Report of the Indian Hemp Drugs Commission, 1894-1895 - Volume IV
Year: 1894
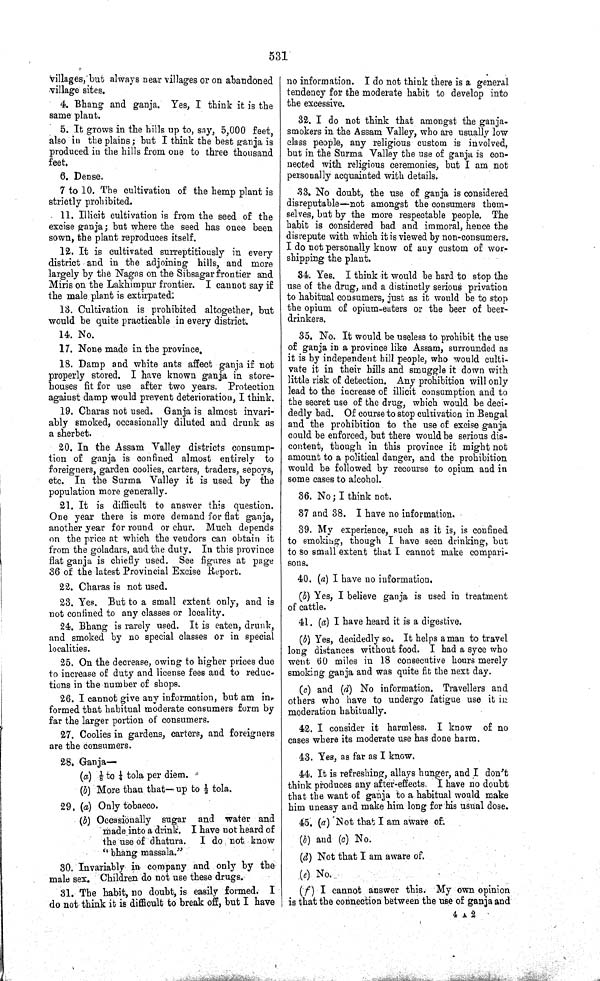
531
villages, but always near villages or on abandoned
village sites.
4. Bhang and ganja. Yes, I think it is the
same plant.
5. It grows in the hills up to, say, 5,000 feet,
also in the plains; but I think the best ganja is
produced in the hills from one to three thousand
feet.
6. Dense.
7 to 10. The cultivation of the hemp plant is
strictly prohibited.
11. Illicit cultivation is from the seed of the
excise ganja; but where the seed has once been
sown, the plant reproduces itself.
12. It is cultivated surreptitiously in every
district and in the adjoining hills, and more
largely by the Nagas on the Sibsagar frontier and
Miris on the Lakhimpur frontier. I cannot say if
the male plant is extirpated:
13. Cultivation is prohibited altogether, but
would be quite practicable in every district.
14. No.
17. None made in the province.
18. Damp and white ants affect ganja if not
properly stored. I have known ganja in store-
houses fit for use after two years. Protection
against damp would prevent deterioration, I think.
19. Charas not used. Ganja is almost invari-
ably smoked, occasionally diluted and drunk as
a sherbet.
20. In the Assam Valley districts consump-
tion of ganja is confined almost entirely to
foreigners, garden coolies, carters, traders, sepoys,
etc. In the Surma Valley it is used by the
population more generally.
21. It is difficult to answer this question.
One year there is more demand for flat ganja,
another year for round or chur. Much depends
on the price at which the vendors can obtain it
from the goladars, and the duty. In this province
flat ganja is chiefly used. See figures at page
36 of the latest Provincial Excise Report.
22. Charas is not used.
23. Yes. But to a small extent only, and is
not confined to any classes or locality.
24. Bhang is rarely used. It is eaten, drunk,
and smoked by no special classes or in special
localities.
25. On the decrease, owing to higher prices due
to increase of duty and license fees and to reduc-
tions in the number of shops.
26. I cannot give any information, but am in-
formed that habitual moderate consumers form by
far the larger portion of consumers.
27. Coolies in gardens, carters, and foreigners
are the consumers.
28. Ganja—
(a) 1/8 to 1/4 tola per diem.
(b) More than that—up to 1/2 tola.
29. (a) Only tobacco.
(b) Occasionally sugar and water and
made into a drink. I have not heard of
the use of dhatura. I do not know
"bhang massala."
30. Invariably in company and only by the
male sex. Children do not use these drugs.
31. The habit, no doubt, is easily formed. I
do not think it is difficult to break off, but I have
no information. I do not think there is a general
tendency for the moderate habit to develop into
the excessive.
32. I do not think that amongst the ganja-
smokers in the Assam Valley, who are usually low
class people, any religious custom is involved,
but in the Surma Valley the use of ganja is con-
nected with religious ceremonies, but I am not
personally acquainted with details.
33. No doubt, the use of ganja is considered
disreputable—not amongst the consumers them-
selves, but by the more respectable people. The
habit is considered bad and immoral, hence the
disrepute with which it is viewed by non-consumers.
I do not personally know of any custom of wor-
shipping the plant.
34. Yes. I think it would be hard to stop the
use of the drug, and a distinctly serious privation
to habitual consumers, just as it would be to stop
the opium of opium-eaters or the beer of beer-
drinkers.
35. No. It would be useless to prohibit the use
of ganja in a province like Assam, surrounded as
it is by independent hill people, who would culti-
vate it in their hills and smuggle it down with
little risk of detection. Any prohibition will only
lead to the increase of illicit consumption and to
the secret use of the drug, which would be deci-
dedly bad. Of course to stop cultivation in Bengal
and the prohibition to the use of excise ganja
could be enforced, but there would be serious dis-
content, though in this province it might not
amount to a political danger, and the prohibition
would be followed by recourse to opium and in
some cases to alcohol.
36. No; I think not.
37 and 38. I have no information.
39. My experience, such as it is, is confined
to smoking, though I have seen drinking, but
to so small extent that I cannot make compari-
sons.
40. (a) I have no information.
(b) Yes, I believe ganja is used in treatment
of cattle.
41. (a) I have heard it is a digestive.
(b) Yes, decidedly so. It helps a man to travel
long distances without food. I had a syce who
went 60 miles in 18 consecutive hours merely
smoking ganja and was quite fit the next day.
(c) and (d) No information. Travellers and
others who have to undergo fatigue use it in
moderation habitually.
42. I consider it harmless. I know of no
cases where its moderate use has done harm.
43. Yes, as far as I know.
44. It is refreshing, allays hunger, and I don't
think produces any after-effects. I have no doubt
that the want of ganja to a habitual would make
him uneasy and make him long for his usual dose.
45. (a) Not that I am aware of.
(b) and (c) No.
(d) Not that I am aware of.
(e) No.
(f) I cannot answer this. My own opinion
is that the connection between the use of ganja and
4 A 2